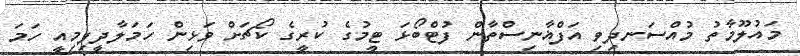
މައުލޫމާތު މުއްސަނދިވި އަފްޣާނިސްތާން ފުޓްބޯޅަ ޓީމުގެ ކުރީގެ ކޯޗަށް ވަޅިން ހަމަލާދީފިމިއީ ހަމަ